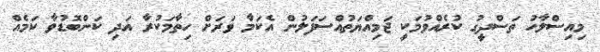
މިއިސްލާހު ތަސްދީގު ކުރެއްވުމަކީ ޖަމިއްޔަތުއްސަފަލުން އެކަމާ ވަރަށް ހިތާމަކުރާ އަދި ކަންބޮޑުވާ ކަމެއް